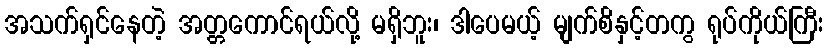
အသက်ရှင်နေတဲ့ အတ္တကောင်ရယ်လို့ မရှိဘူး၊ ဒါပေမယ့် မျက်စိနှင့်တကွ ရုပ်ကိုယ်ကြီး